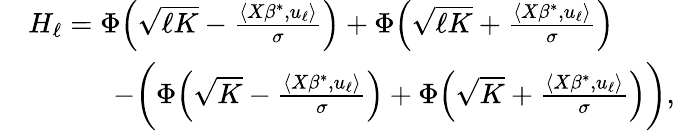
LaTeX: \begin{array}{rl}&{H_{\ell}=\Phi\Big(\sqrt{\ell K}-\frac{\langle X\beta^{*},u_{\ell}\rangle}{\sigma}\Big)+\Phi\Big(\sqrt{\ell K}+\frac{\langle X\beta^{*},u_{\ell}\rangle}{\sigma}\Big)}\\ &{\quad\quad\quad-\bigg(\Phi\Big(\sqrt{K}-\frac{\langle X\beta^{*},u_{\ell}\rangle}{\sigma}\Big)+\Phi\Big(\sqrt{K}+\frac{\langle X\beta^{*},u_{\ell}\rangle}{\sigma}\Big)\bigg),}\end{array}